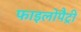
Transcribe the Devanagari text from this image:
फाइलोपैट्री